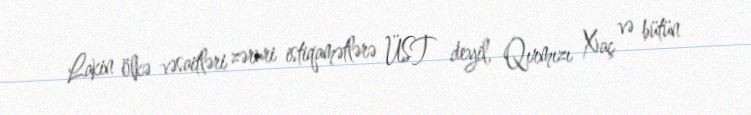
Lakin ölkə vəsaitləri zəruri istiqamətlərə ÜST deyil, Qırmızı Xaç və bütün